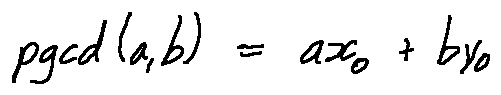
p g c d ( a , b ) = a x _ { 0 } + b y _ { 0 }